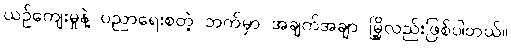
ယဉ်ကျေးမှုနဲ့ ပညာရေးစတဲ့ ဘက်မှာ အချက်အချာ မြို့လည်းဖြစ်ပါတယ်။